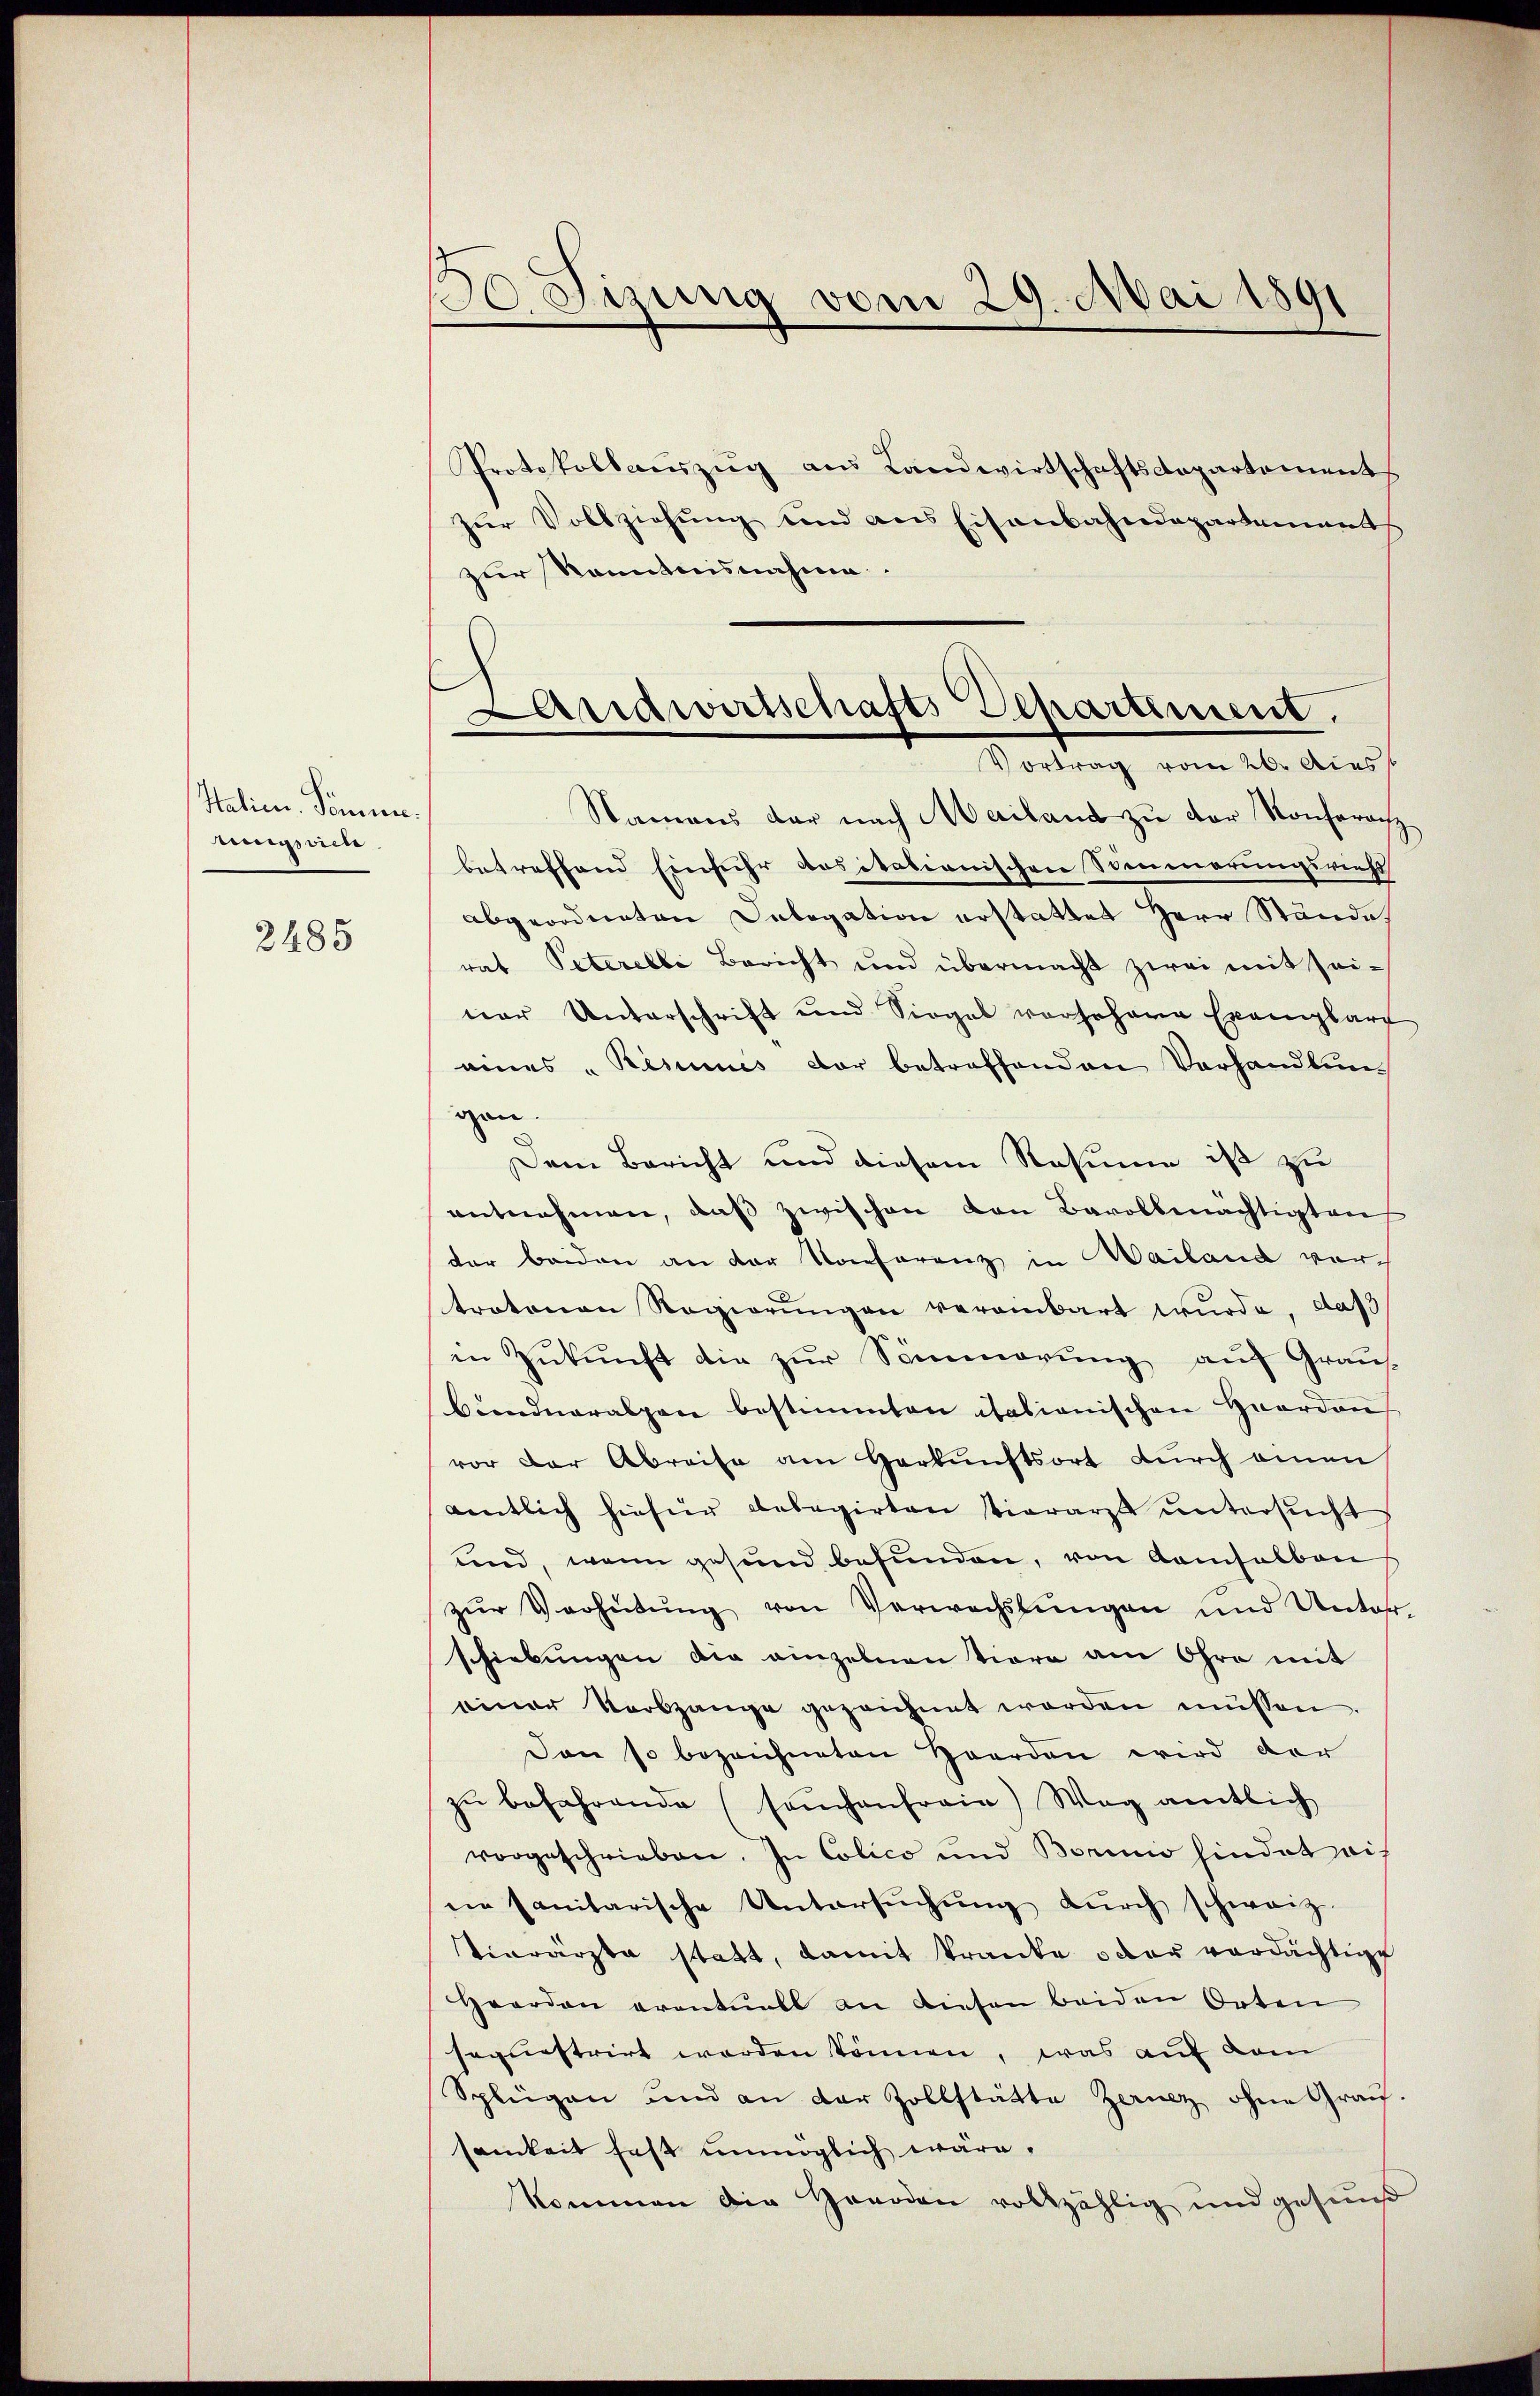
Italien. Sonnen.
mgspiele

2485

10 Sizung vom 29. Mai 1891

Protokollauszug aus Landwirtschaftsdepartement
zŭr Vollziehŭng und ans Eisenbahndepartement
zur kanntesnahme.
Namens der nach Mailand zŭ der Konferenz
betreffend Einfuhr dositationischen Sommerungsricht
abgeordneten Delegation erstattet Herr Stände
rat Peterelle Bericht und übermacht zwei mit seiner Unterschrift und Siegel vorsehene Exemplare
eines "Resimis der betreffenden Verhandlung
gen.
Dem Bericht und diesem Rosina ist zu
antnehmen, daβ zwischen von Bavollmächtigten
der beiden an der Konferenz in Wailand vortratonen Regierungen vereinbart wurde, daß
in Zukunft die zur Sommerung auf Graus-
Cundneralpen bestimmten italianischen Haardon
vor der Abreise am Herkunftsort durch einen
aentlich hiefür belegirten tierarzt ŭntersucht
und, wenn gesund befunden, von Aamsalben f
zŭr Verhütung von Verwachslungen und Unter
schiebungen die einzelnen Tiere am Ohre mit
einer Vorbzange gezeichnet worden müssen.
Den so bezeichneten Herden wird der
zŭ befahrende (sachenfreie Weg amtlich
vorgeschrieben. In Colico und Borinio hindet eine sanitarische Untersŭchŭng dŭrch schweiz.
Vierärzte statt, damit kranke oder verdächtige
Heerden eventuels an diesen beiden Orten
sequestrirt werden können, was auf dem
Splügen und an der Zollstätte Zernz ohne Grau-
samkeit fast unmöglich wäre,
kommen die Handen vollzählig und gesund

arrawirischafts Separtiment.
Vortrag vom 26. Aus